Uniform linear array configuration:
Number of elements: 4
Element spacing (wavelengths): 1
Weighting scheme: exponential
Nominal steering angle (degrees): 45
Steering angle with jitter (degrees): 43.947
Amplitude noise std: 0.05
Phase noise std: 0.05

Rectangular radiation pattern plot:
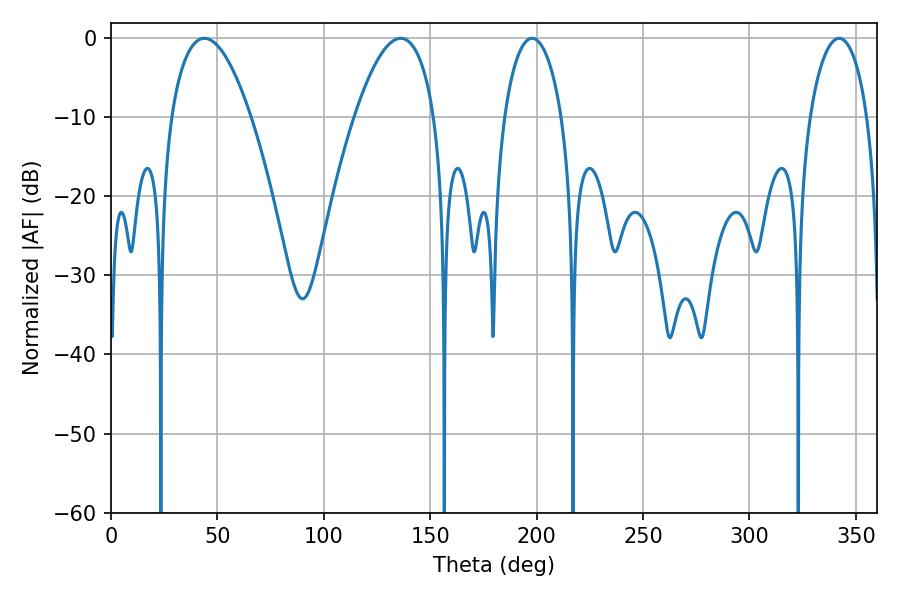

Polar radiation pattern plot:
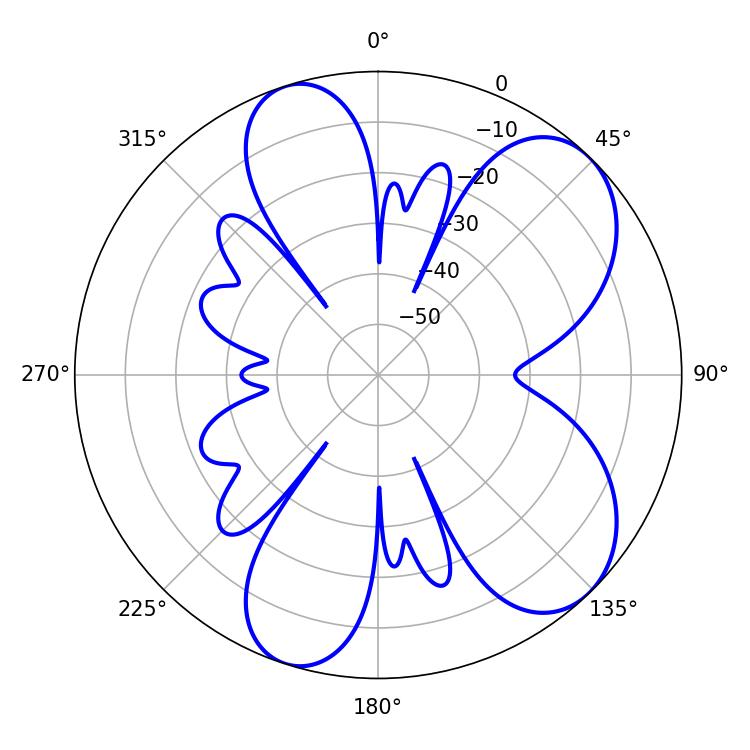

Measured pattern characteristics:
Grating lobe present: TRUE
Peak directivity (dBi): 7.357
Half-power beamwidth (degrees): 20.7
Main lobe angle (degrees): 43.92